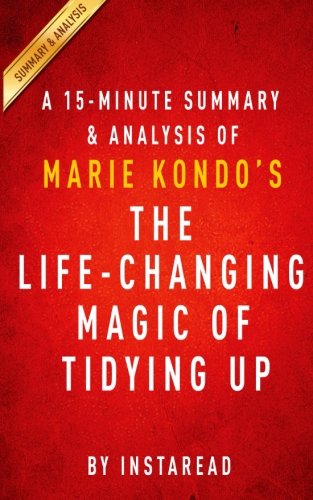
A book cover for A 15-minute Summary & Analysis of Marie Kondo's The Life-Changing Magic of Tidying Up: The Japanese Art of Decluttering and Organizing; Instaread; Biographies & Memoirs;